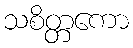
သစိတ္တကော